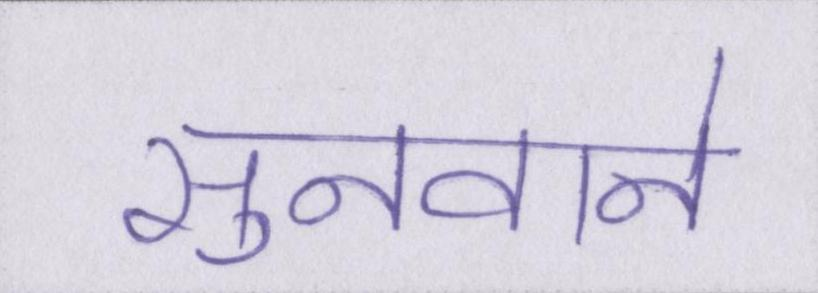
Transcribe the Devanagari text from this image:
सुनवाने